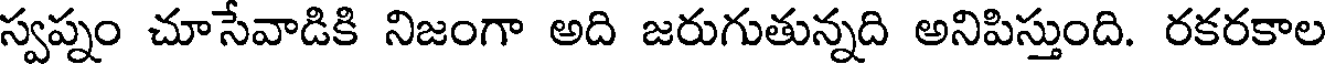
స్వప్నం చూసేవాడికి నిజంగా అది జరుగుతున్నది అనిపిస్తుంది. రకరకాల